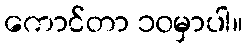
ကောင်တာ ၁၀မှာပါ။